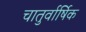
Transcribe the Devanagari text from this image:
चातुर्वार्षिक